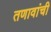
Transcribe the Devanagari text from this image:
तणावांची